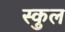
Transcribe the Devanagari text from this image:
स्‍कुल